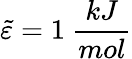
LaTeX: \tilde{\varepsilon}=1~\frac{kJ}{mol}